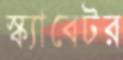
স্ক্যাবেটর